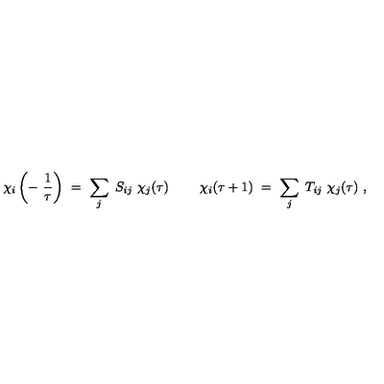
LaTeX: \chi _ { i } \left( - \ { \frac { 1 } { \tau } } \right) \ = \ \sum _ { j } \ S _ { i j } \ \chi _ { j } ( \tau ) \ \qquad \chi _ { i } ( \tau + 1 ) \ = \ \sum _ { j } \ T _ { i j } \ \chi _ { j } ( \tau ) \ ,